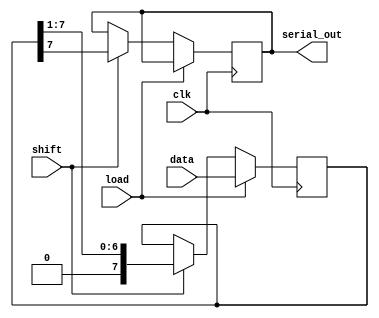
module PISO_Register (
    input wire clk,          // Clock signal
    input wire load,         // Load control signal
    input wire shift,        // Shift control signal
    input wire [N-1:0] data, // Parallel data input (N bits wide)
    output reg serial_out     // Serial output
);
    parameter N = 8; // Width of the data input

    reg [N-1:0] shift_reg; // Shift register to hold the data

    always @(posedge clk) begin
        if (load) begin
            // Load data into the shift register
            shift_reg <= data;
        end else if (shift) begin
            // Shift data out serially
            serial_out <= shift_reg[N-1]; // Output the MSB
            shift_reg <= {1'b0, shift_reg[N-1:1]}; // Shift right, LSB becomes 0
        end
    end
endmodule